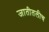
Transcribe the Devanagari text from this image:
जातीतलीच